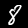
Digit: 8